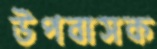
উপবাসক